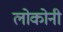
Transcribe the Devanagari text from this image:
लोकोनी